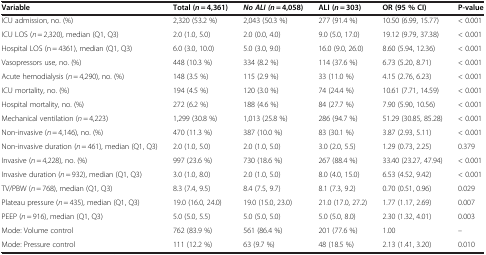
<table><thead><tr><td><b>Variable</b></td><td><b>Total (<i>n</i> = 4,361)</b></td><td><b><i>No ALI (</i><i>n</i> = 4,058)</b></td><td><b>ALI (<i>n</i> = 303)</b></td><td><b>OR (95 % CI)</b></td><td><b>P-value</b></td></tr></thead><tbody><tr><td>ICU admission, no. (%)</td><td>2,320 (53.2 %)</td><td>2,043 (50.3 %)</td><td>277 (91.4 %)</td><td>10.50 (6.99, 15.77)</td><td>&lt; 0.001</td></tr><tr><td>ICU LOS (<i>n</i> = 2,320), median (Q1, Q3)</td><td>2.0 (1.0, 5.0)</td><td>2.0 (0.0, 4.0)</td><td>9.0 (5.0, 17.0)</td><td>19.12 (9.79, 37.38)</td><td>&lt; 0.001</td></tr><tr><td>Hospital LOS (n = 4361), median (Q1, Q3)</td><td>6.0 (3.0, 10.0)</td><td>5.0 (3.0, 9.0)</td><td>16.0 (9.0, 26.0)</td><td>8.60 (5.94, 12.36)</td><td>&lt; 0.001</td></tr><tr><td>Vasopressors use, no. (%)</td><td>448 (10.3 %)</td><td>334 (8.2 %)</td><td>114 (37.6 %)</td><td>6.73 (5.20, 8.71)</td><td>&lt; 0.001</td></tr><tr><td>Acute hemodialysis (<i>n</i> = 4,290), no. (%)</td><td>148 (3.5 %)</td><td>115 (2.9 %)</td><td>33 (11.0 %)</td><td>4.15 (2.76, 6.23)</td><td>&lt; 0.001</td></tr><tr><td>ICU mortality, no. (%)</td><td>194 (4.5 %)</td><td>120 (3.0 %)</td><td>74 (24.4 %)</td><td>10.61 (7.71, 14.59)</td><td>&lt; 0.001</td></tr><tr><td>Hospital mortality, no. (%)</td><td>272 (6.2 %)</td><td>188 (4.6 %)</td><td>84 (27.7 %)</td><td>7.90 (5.90, 10.56)</td><td>&lt; 0.001</td></tr><tr><td>Mechanical ventilation (<i>n</i> = 4,223)</td><td>1,299 (30.8 %)</td><td>1,013 (25.8 %)</td><td>286 (94.7 %)</td><td>51.29 (30.85, 85.28)</td><td>&lt; 0.001</td></tr><tr><td>Non-invasive (<i>n</i> = 4,146), no. (%)</td><td>470 (11.3 %)</td><td>387 (10.0 %)</td><td>83 (30.1 %)</td><td>3.87 (2.93, 5.11)</td><td>&lt; 0.001</td></tr><tr><td>Non-invasive duration (<i>n</i> = 461), median (Q1, Q3)</td><td>2.0 (1.0, 5.0)</td><td>2.0 (1.0, 5.0)</td><td>3.0 (2.0, 5.5)</td><td>1.29 (0.73, 2.25)</td><td>0.379</td></tr><tr><td>Invasive (<i>n</i> = 4,228), no. (%)</td><td>997 (23.6 %)</td><td>730 (18.6 %)</td><td>267 (88.4 %)</td><td>33.40 (23.27, 47.94)</td><td>&lt; 0.001</td></tr><tr><td>Invasive duration (<i>n</i> = 932), median (Q1, Q3)</td><td>3.0 (1.0, 8.0)</td><td>2.0 (1.0, 5.0)</td><td>8.0 (4.0, 15.0)</td><td>6.53 (4.52, 9.42)</td><td>&lt; 0.001</td></tr><tr><td>TV/PBW (<i>n</i> = 768), median (Q1, Q3)</td><td>8.3 (7.4, 9.5)</td><td>8.4 (7.5, 9.7)</td><td>8.1 (7.3, 9.2)</td><td>0.70 (0.51, 0.96)</td><td>0.029</td></tr><tr><td>Plateau pressure (<i>n</i> = 435), median (Q1, Q3)</td><td>19.0 (16.0, 24.0)</td><td>19.0 (15.0, 23.0)</td><td>21.0 (17.0, 27.2)</td><td>1.77 (1.17, 2.69)</td><td>0.007</td></tr><tr><td>PEEP (<i>n</i> = 916), median (Q1, Q3)</td><td>5.0 (5.0, 5.5)</td><td>5.0 (5.0, 5.0)</td><td>5.0 (5.0, 8.0)</td><td>2.30 (1.32, 4.01)</td><td>0.003</td></tr><tr><td>Mode: Volume control</td><td>762 (83.9 %)</td><td>561 (86.4 %)</td><td>201 (77.6 %)</td><td>1.00</td><td>--</td></tr><tr><td>Mode: Pressure control</td><td>111 (12.2 %)</td><td>63 (9.7 %)</td><td>48 (18.5 %)</td><td>2.13 (1.41, 3.20)</td><td>0.010</td></tr></tbody></table>